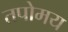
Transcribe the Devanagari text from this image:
तपोमय